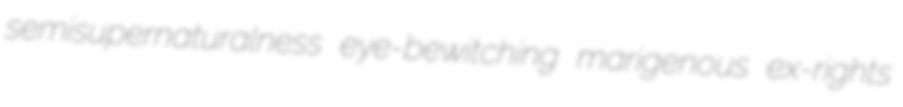
semisupernaturalness eye-bewitching marigenous ex-rights